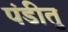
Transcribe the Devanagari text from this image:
पंडीतु